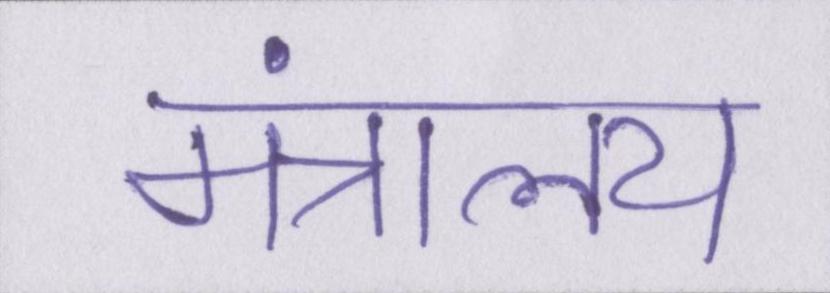
मंत्रालय